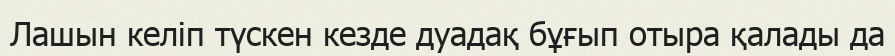
Лашын келіп түскен кезде дуадақ бұғып отыра қалады да